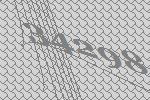
34298